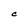
Character: C